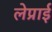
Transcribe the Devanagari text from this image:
लेप्राई